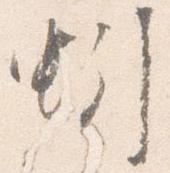
蚓